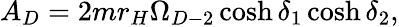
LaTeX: A_{D}=2mr_{H}\Omega_{D-2}\cosh\delta_{1}\cosh\delta_{2},